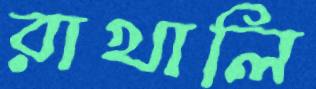
রাখালি